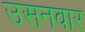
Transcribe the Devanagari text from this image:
उसनवार